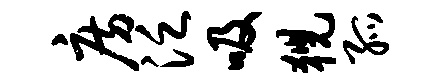
房泛吸猊孤